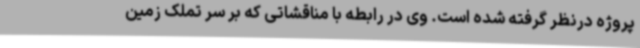
پروژه درنظر گرفته شده است. وی در رابطه با مناقشاتی که بر سر تملک زمین